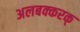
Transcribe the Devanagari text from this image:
अलबक्करक्